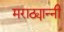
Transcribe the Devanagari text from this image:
मराठ्यान्नी